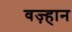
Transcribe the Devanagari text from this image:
वज़्हान